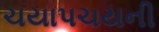
ચયાપચયની